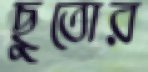
ছুতোর